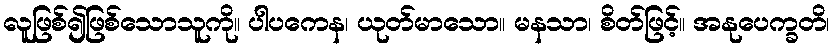
လူဖြစ်၍ဖြစ်သောသူကို။ ပါပကေန၊ ယုတ်မာသော။ မနသာ၊ စိတ်ဖြင့်။ အနုပေက္ခတိ၊